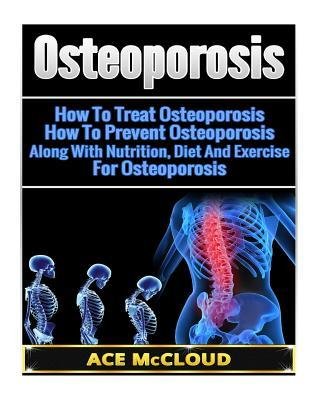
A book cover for [ Osteoporosis: How to Treat Osteoporosis- How to Prevent Osteoporosis- Along with Nutrition, Diet and Exercise for Osteoporosis BY McCloud, Ace ( Author ) ] { Paperback } 2014; Ace McCloud; Health, Fitness & Dieting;